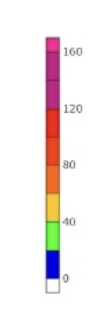
Blue: 0 to 20
Green: 20 to 40
Yellow: 40 to 60
Orange: 60 to 80
Dark Orange: 80 to 100
Red: 100 to 120
Magenta: 120 to 160
Pink: 160 to 165